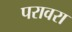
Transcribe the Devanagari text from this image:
परावरा